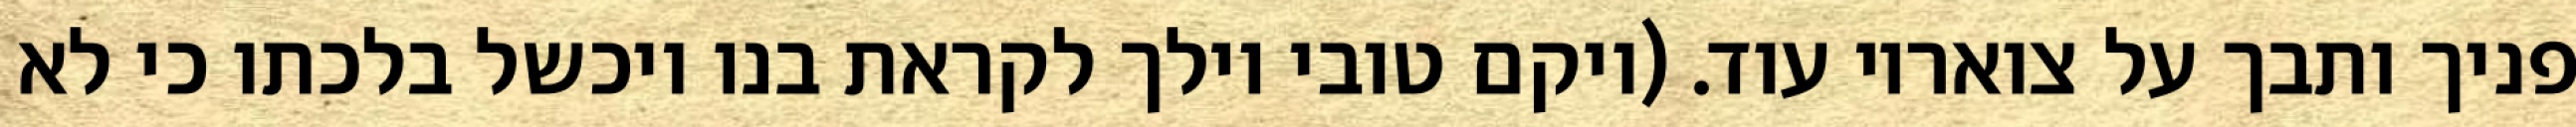
פניך ותבך על צואריו עוד. (ויקם טובי וילך לקראת בנו ויכשל בלכתו כי לא